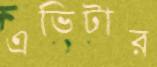
এভিটার